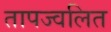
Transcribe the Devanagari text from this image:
तापज्वलित